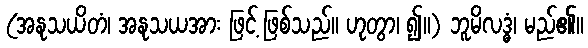
(အနုသယိတံ၊ အနုသယအား ဖြင့် ဖြစ်သည်။ ဟုတွာ၊ ၍။) ဘူမိလဒ္ဓံ၊ မည်၏။